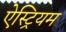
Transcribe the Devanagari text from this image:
ऐस्ट्रियम